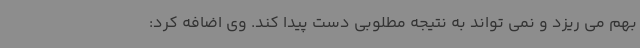
بهم می ریزد و نمی تواند به نتیجه مطلوبی دست پیدا کند. وی اضافه کرد: